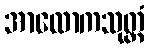
အာလောကသုတ္တံ